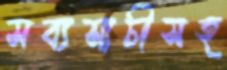
সব্যসাচীসহ